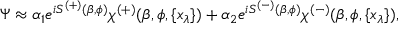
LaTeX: \Psi \approx \alpha _ { 1 } e ^ { i S ^ { ( + ) } ( \beta , \phi ) } \chi ^ { ( + ) } ( \beta , \phi , \{ x _ { \lambda } \} ) + \alpha _ { 2 } e ^ { i S ^ { ( - ) } ( \beta , \phi ) } \chi ^ { ( - ) } ( \beta , \phi , \{ x _ { \lambda } \} ) ,